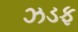
ઝડફ